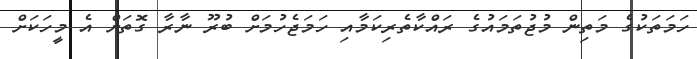
ހަމަތަކުގެ މަތިން މުޖުތަމައުގެ ރައްކާތެރިކަމާއި ހަމަޖެހުމަށް ބުރޫ ނާރާ ގޮތަށް އެ މީހަކަށް